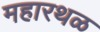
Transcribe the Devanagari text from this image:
महारथळ